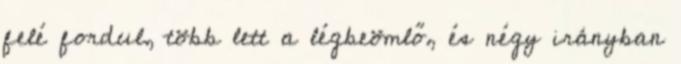
felé fordul, több lett a légbeömlő, és négy irányban